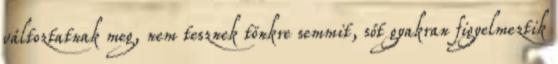
változtatnak meg, nem tesznek tönkre semmit, sőt gyakran figyelmeztik